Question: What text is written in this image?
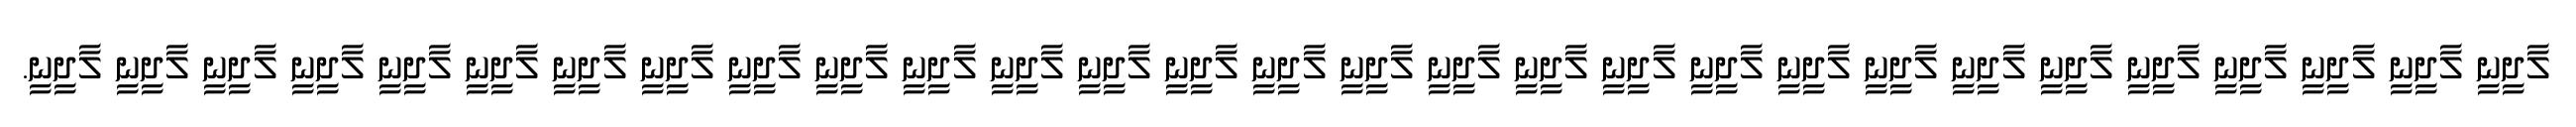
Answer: ލާދީނީ ލާދީނީ ލާދީނީ ލާދީނީ ލާދީނީ ލާދީނީ ލާދީނީ ލާދީނީ ލާދީނީ ލާދީނީ ލާދީނީ ލާދީނީ ލާދީނީ ލާދީނީ ލާދީނީ ލާދީނީ ލާދީނީ ލާދީނީ ލާދީނީ ލާދީނީ ލާދީނީ ލާދީނީ ލާދީނީ ލާދީނީ ލާދީނީ ލާދީނީ ލާދީނީ ލާދީނީ ލާދީނީ.